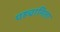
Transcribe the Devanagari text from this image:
पहचानिता